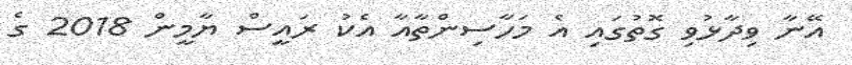
އޭނާ ވިދާޅުވި ގޮތުގައި އެ މަހާސިންތާއާ އެކު ރައީސް ޔާމީން 2018 ގެ